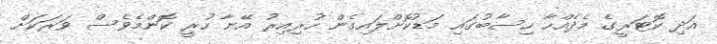
އަދި ކޮޓަރީގެ މެދެއްހާ ހިސާބުގައި މަޑުކޮށްލައިގެން ހުރިއިރު އޭނާ ހުރީ ކޮންމެވެސް ވަރަކަށް